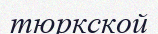
тюркской